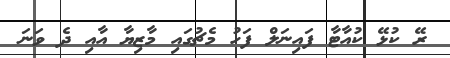
ރޭ ކުޅޭ ކުއާޓާ ފައިނަލް ފަހު މެޗުގައި މާޒިޔާ އާއި ދެ ވަނަ